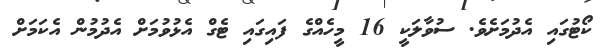
ކޯޓުގައި އެދުމަށެވެ. ސުވާލަކީ 16 މީހެއްގެ ފައިގައި ޓެގް އެޅުވުމަށް އެދުމުން އެކަމަށް